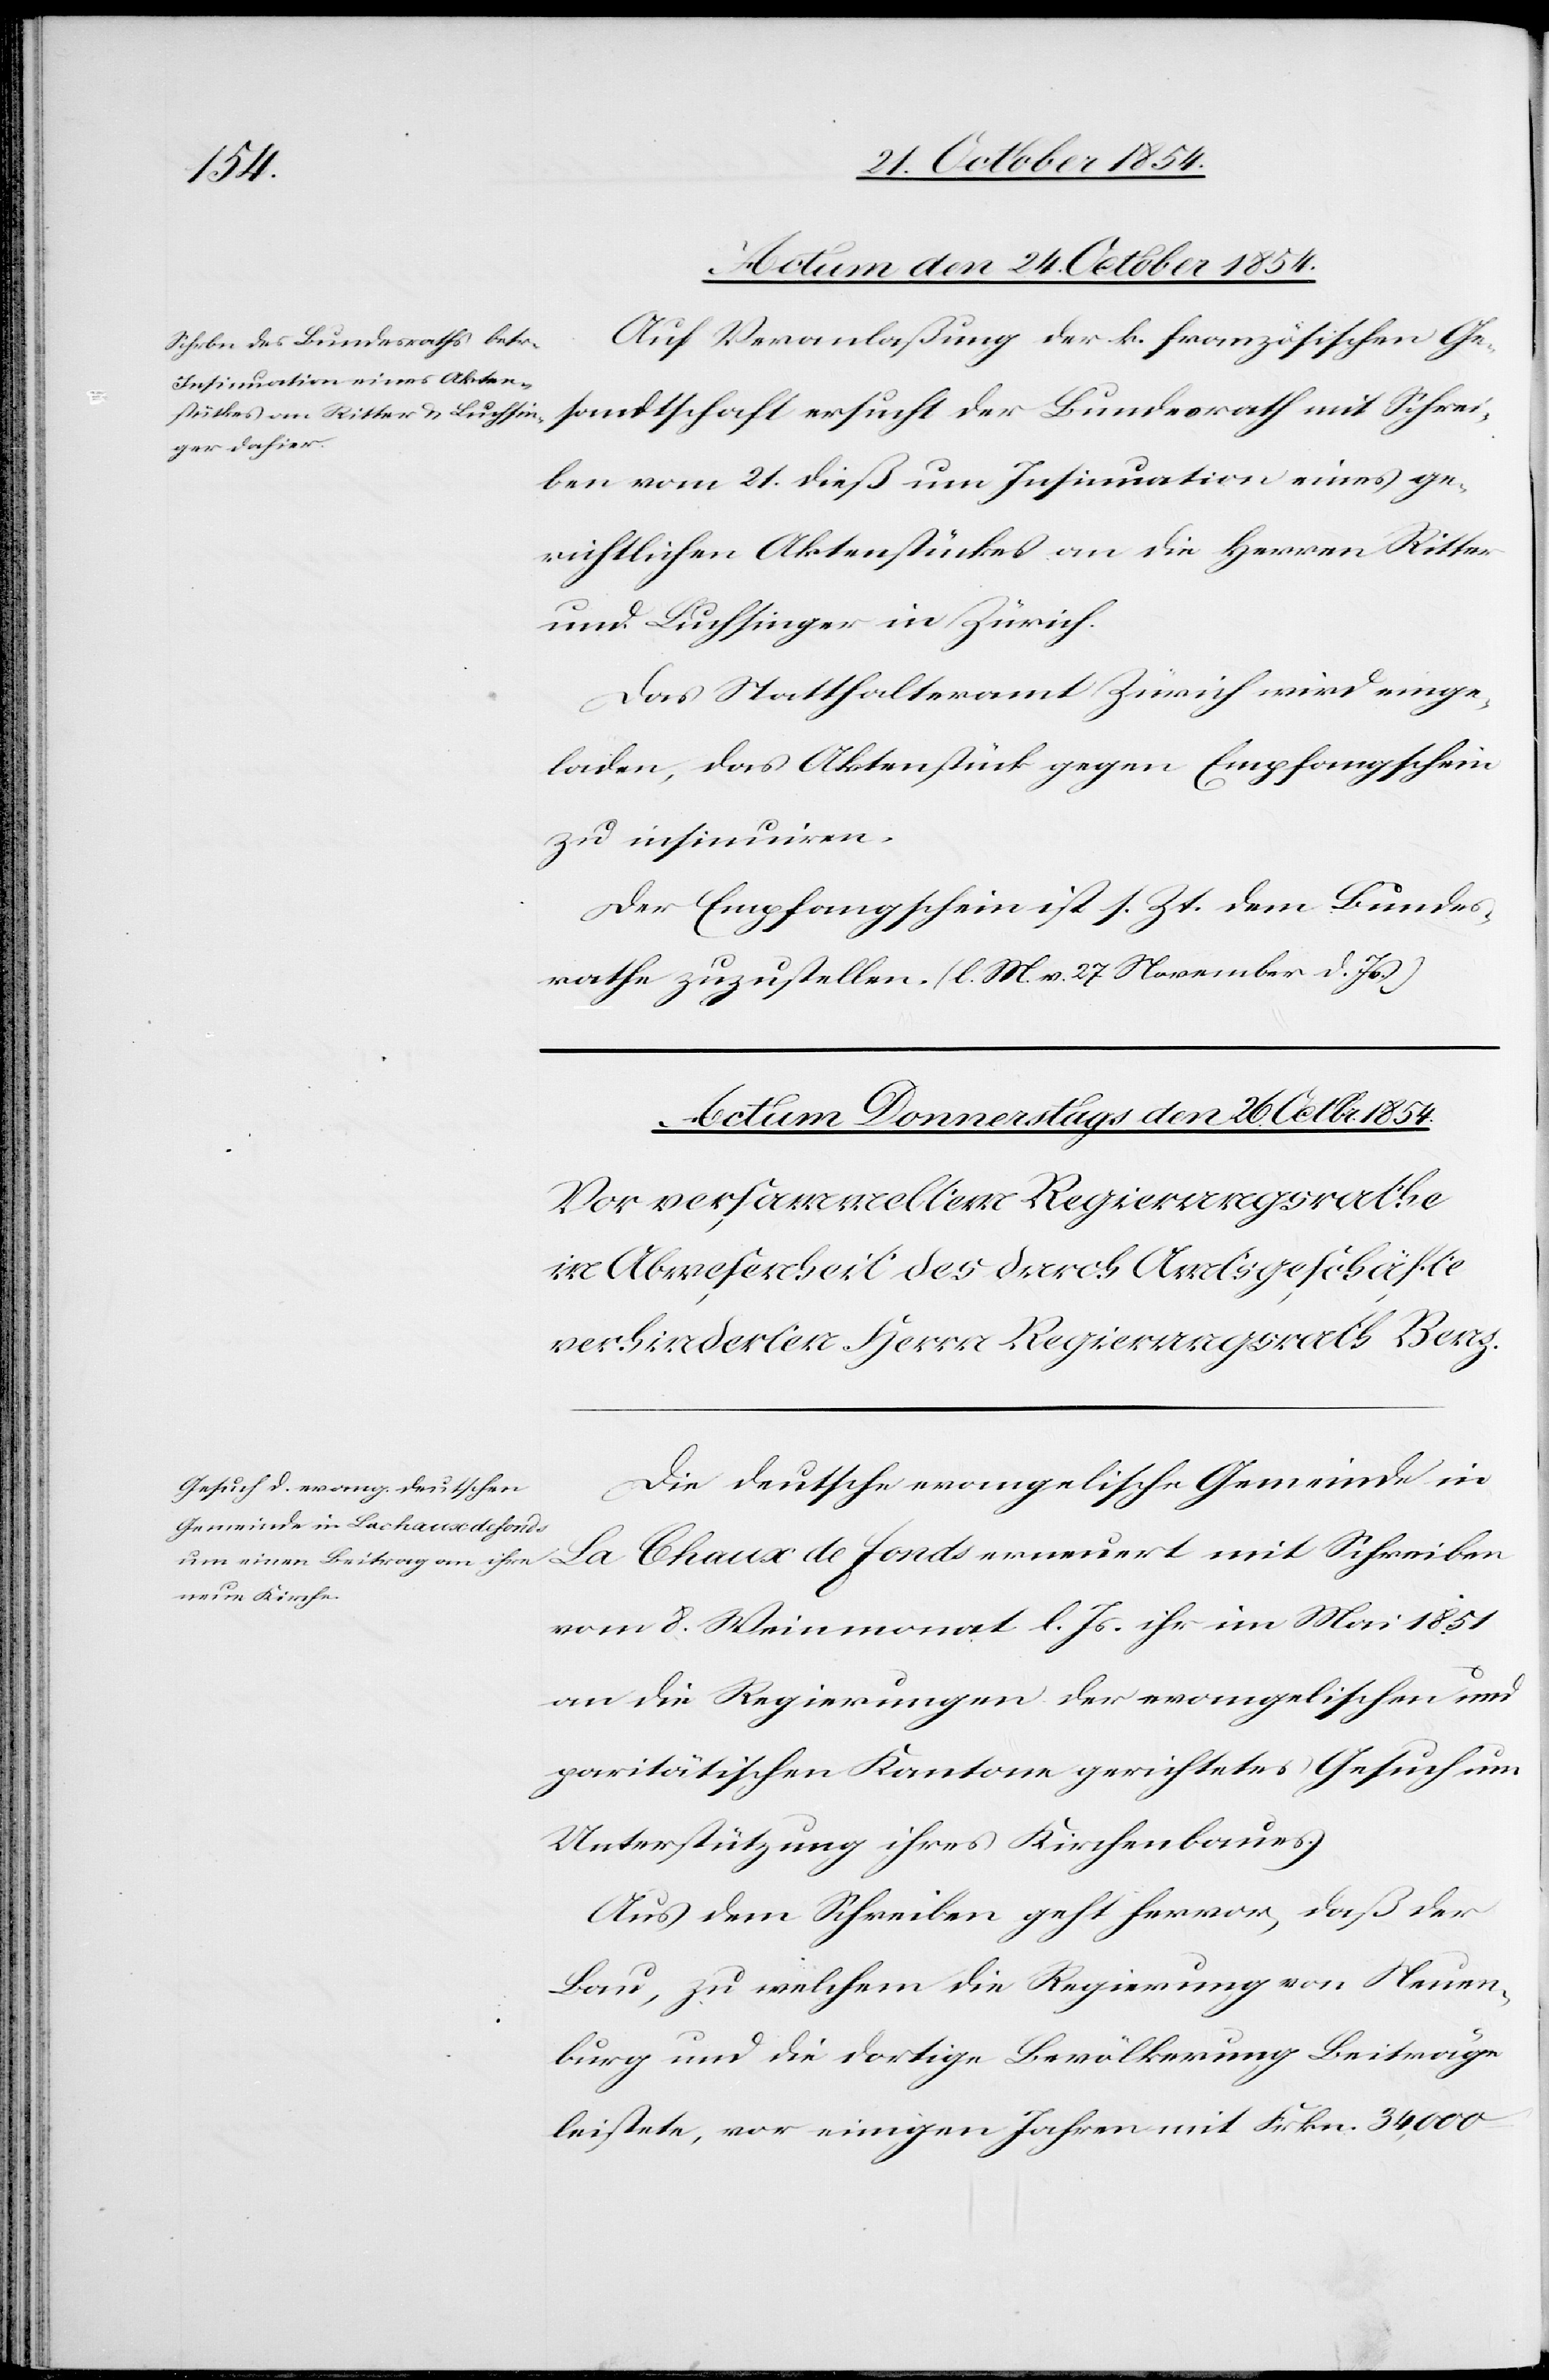
Actum den 24. October 1854.
Auf Veranlaßung der k. französischen Ge¬
sandtschaft ersucht der Bundesrath mit Schrei¬
ben vom 21. dieß um Insinuation eines ge¬
richtlichen Aktenstückes an die Herren Ritter
und Luchsinger in Zürich.
Das Statthalteramt Zürich wird einge¬
laden, das Aktenstück gegen Empfangschein
zu insinuiren.
Der Empfangschein ist s. Zt. dem Bundes¬
rathe zuzustellen. (l. M. v. 27. November d. Js.)
Die deutsche evangelische Gemeinde in
La
Chaux de Fonds erneuert mit Schreiben
vom 8. Weinmonat l. Js. ihr im Mai 1851
an die Regierungen der evangelischen und
paritätischen Kantone gerichtetes Gesuch um
Unterstützung ihres Kirchenbaues.
Aus dem Schreiben geht hervor, daß der
Bau, zu welchem die Regierung von Neuen¬
burg und die dortige Bevölkerung Beiträge
leistete, vor einigen Jahren mit Frkn. 34,000